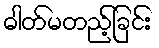
ဓါတ်မတည့်ခြင်း